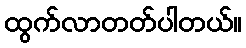
ထွက်လာတတ်ပါတယ်။